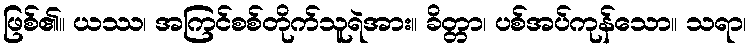
ဖြစ်၏။ ယဿ၊ အကြင်စစ်တိုက်သူရဲအား။ ခိတ္တာ၊ ပစ်အပ်ကုန်သော။ သရာ၊